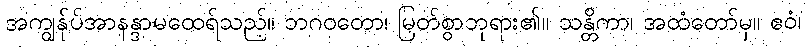
အကျွန်ုပ်အာနန္ဒာမထေရ်သည်။ ဘဂဝတော၊ မြတ်စွာဘုရား၏။ သန္တိကာ၊ အထံတော်မှ။ ဧဝံ၊